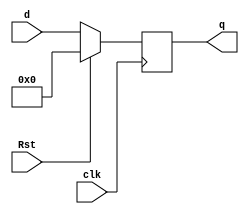
`timescale 1ns / 1ps
//////////////////////////////////////////////////////////////////////////////////
// Company: 
// Engineer: 
// 
// Design Name: 
// Module Name: Register
// Project Name: 
// Target Devices: 
// Tool Versions: 
// Description: 
// 
// Dependencies: 
// 
// Revision:
// Revision 0.01 - File Created
// Additional Comments:
// 
//////////////////////////////////////////////////////////////////////////////////


module Register #(parameter DATAWIDTH = 32)(d,clk, Rst, q

    );
    
    input [DATAWIDTH:0] d;
    input clk;
    input Rst;
    output reg [DATAWIDTH:0] q;
    
    always @(posedge clk)
       if (Rst)
         begin
           q <= 0;
       end else
         begin
           q <= d;
         end
    
    
endmodule